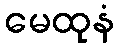
မေထုနံ